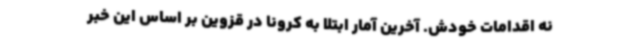
نه اقدامات خودش. آخرین آمار ابتلا به کرونا در قزوین بر اساس این خبر